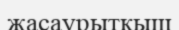
жасаурытқыш